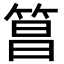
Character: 𬕑